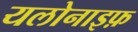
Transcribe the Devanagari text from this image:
यलोनाइफ़